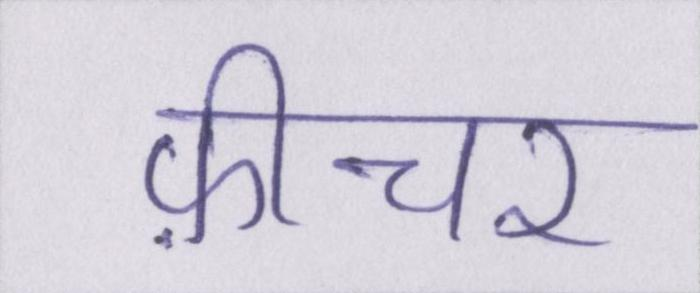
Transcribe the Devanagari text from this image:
फ़ीचर